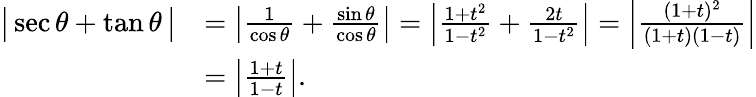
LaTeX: {\begin{array}{rl}{{\bigl|}\sec\theta+\tan\theta\, {\bigr|}}&{=\left|{\frac{1}{\cos\theta}}+{\frac{\sin\theta}{\cos\theta}}\right|=\left|{\frac{1+t^{2}}{1-t^{2}}}+{\frac{2t}{1-t^{2}}}\right|=\left|{\frac{(1+t)^{2}}{(1+t)(1-t)}}\right|}\\ &{=\left|{\frac{1+t}{1-t}}\right|.}\end{array}}